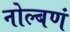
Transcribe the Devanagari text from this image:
नोल्बणं